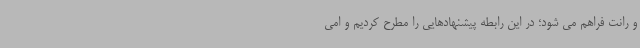
و رانت فراهم می شود؛ در این رابطه پیشنهادهایی را مطرح کردیم و امی